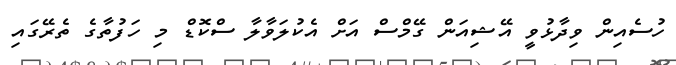
ހުސެއިން ވިދާޅުވީ އޭޝިއަން ގޭމްސް އަށް އެކުލަވާލާ ސްކޮޑް މި ހަފުތާގެ ތެރޭގައި